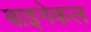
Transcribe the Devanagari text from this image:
बाइनेकल